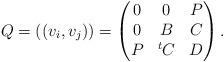
LaTeX: \begin{align*}Q = ((v_i, v_j)) = \begin{pmatrix} 0 & 0 & P \\ 0 & B & C \\ P & {}^tC & D \end{pmatrix}.\end{align*}